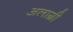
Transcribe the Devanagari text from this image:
अलाग्री